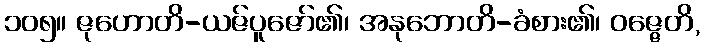
၁၀၅။ ဇုဟောတိ-ယဇ်ပူဇော်၏၊ အနုဘောတိ-ခံစား၏၊ ဝဇ္ဇေတိ,